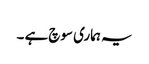
یہ ہماری سوچ ہے ۔